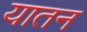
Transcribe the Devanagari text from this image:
यातन